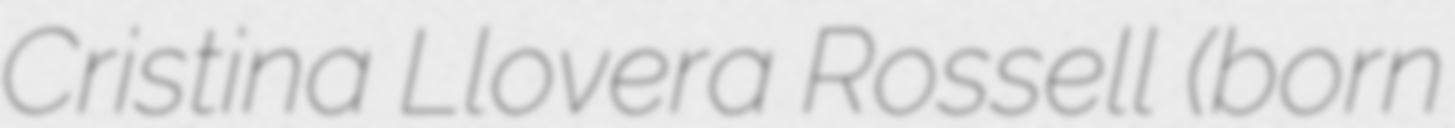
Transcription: Cristina Llovera Rossell (born